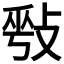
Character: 𢽥